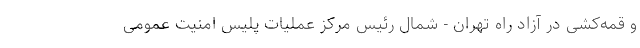
و قمه‌کشی در آزاد راه تهران - شمال رئیس مرکز عملیات پلیس امنیت عمومی